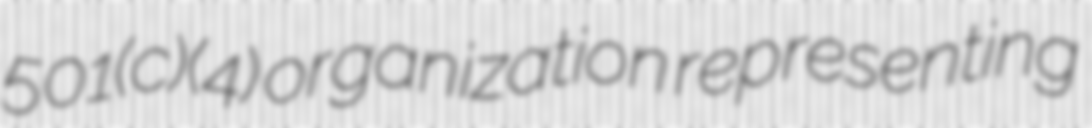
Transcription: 501(c)(4) organization representing